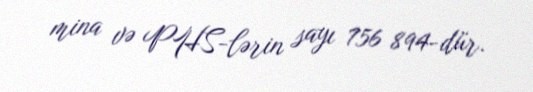
mina və PHS-lərin sayı 756 894-dür.